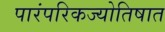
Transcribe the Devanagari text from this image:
पारंपरिकज्योतिषात